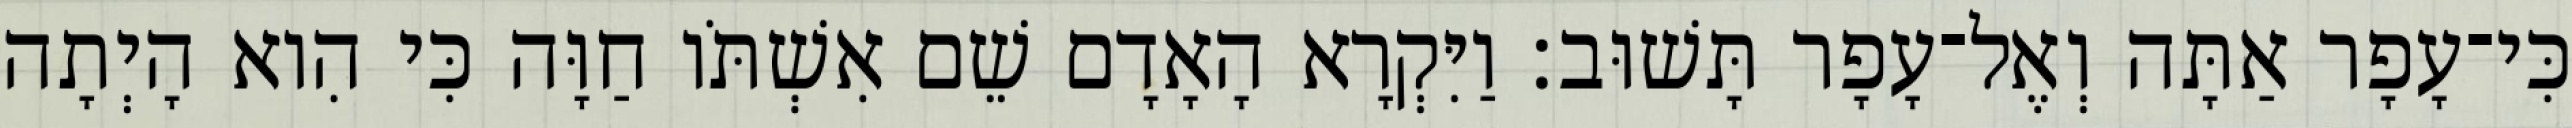
כִּי־עָפָר אַתָּה וְאֶל־עָפָר תָּשׁוּב׃ וַיִּקְרָא הָאָדָם שֵׁם אִשְׁתֹּו חַוָּה כִּי הִוא הָיְתָה